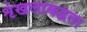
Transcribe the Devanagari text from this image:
शृंखलाबद्धता